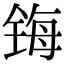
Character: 𰾄